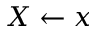
X \gets x